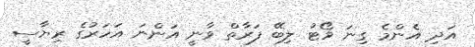
އަދި އެންމެ ގިނަ ވޯޓު ލިބޭ ފަރާތް ވާނީ އަންނަ އަހަރުގެ ރިޔާސީ